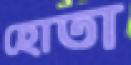
হোতা